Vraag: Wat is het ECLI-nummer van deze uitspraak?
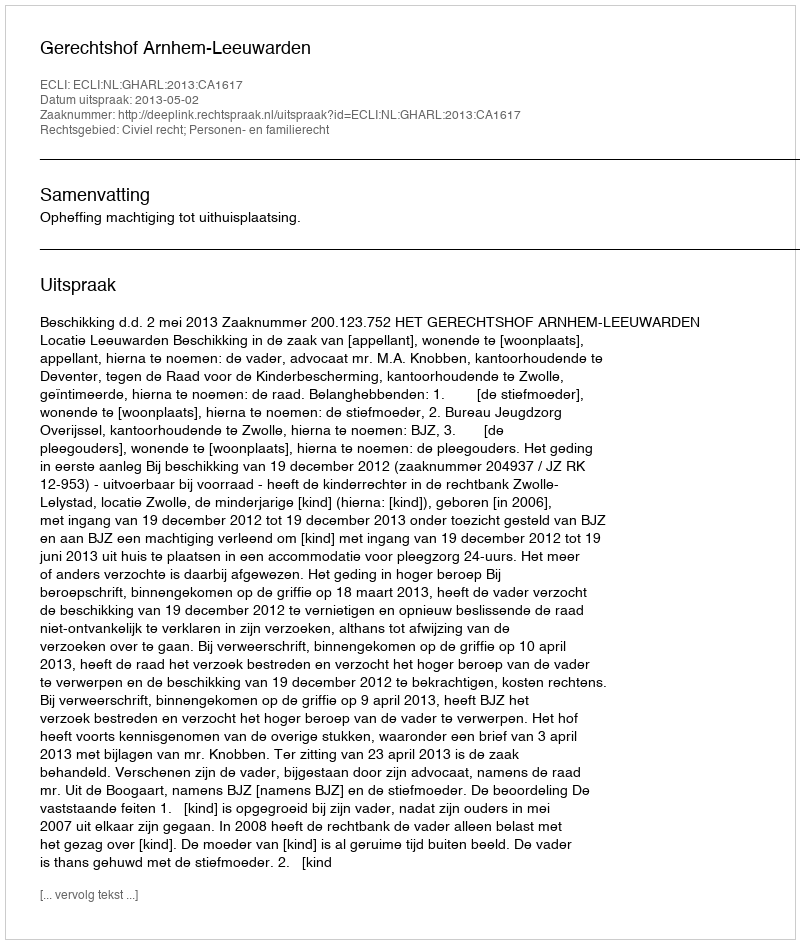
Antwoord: ECLI:NL:GHARL:2013:CA1617